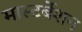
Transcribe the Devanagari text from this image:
मास्टर्बेशन